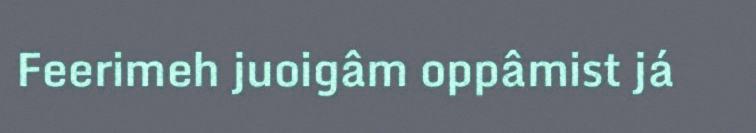
Feerimeh juoigâm oppâmist já